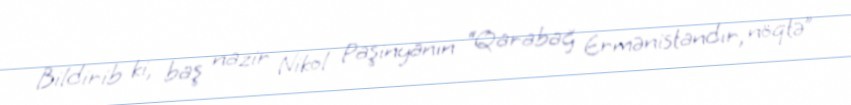
Bildirib ki, baş nazir Nikol Paşinyanın “Qarabağ Ermənistandır, nöqtə”